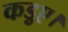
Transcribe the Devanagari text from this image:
कड़ुए।